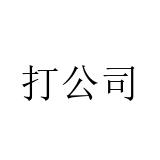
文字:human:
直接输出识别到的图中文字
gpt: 打公司